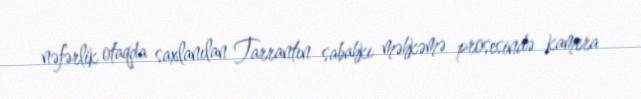
nəfərlik otaqda saxlanılan Tarrantın sabahkı məhkəmə prosesində kamera